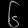
Digit: ၆